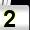
Digit: 2